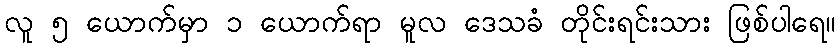
လူ ၅ ယောက်မှာ ၁ ယောက်ရာ မူလ ဒေသခံ တိုင်းရင်းသား ဖြစ်ပါရေ။